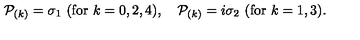
{ \cal P } _ { ( k ) } = \sigma _ { 1 } \ ( \mathrm { f o r } \ k = 0 , 2 , 4 ) , \quad { \cal P } _ { ( k ) } = i \sigma _ { 2 } \ ( \mathrm { f o r } \ k = 1 , 3 ) .